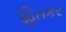
હિતકર